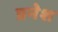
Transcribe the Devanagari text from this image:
प्रनेश